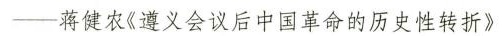
”--蒋健农《遵义会议后中国革命的历史性转折》